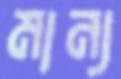
মান্য